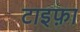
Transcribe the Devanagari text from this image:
टाइफ़ा